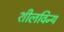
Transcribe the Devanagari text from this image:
शीलविन्य